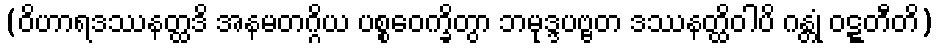
(ဝိဟာရဒဿနတ္ထဒိ အနမတဂ္ဂိယ ပစ္စဝေက္ခိတွာ ဘမုဒ္ဒပဗ္ဗတ ဒဿနတ္ထိဝါပိ ဂန္တုံ ဝဋ္ဋတီတိ)